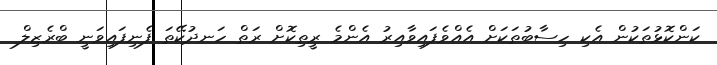
ކަންކޮޅުތަކުން އެކި ހިސާބުތަކަށް އެއްވެފައިވާއިރު އެންމެ ރީތިކޮށް ރަތް ހަނދުކޭތަ ފެނިފައިވަނީ ބްރެޒިލް